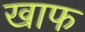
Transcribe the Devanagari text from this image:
खाफ